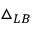
\triangle _ { L B }